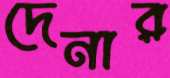
দেনার